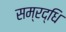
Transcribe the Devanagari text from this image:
सम्रद्धि